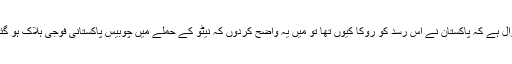
جہاں سوال ہے کہ پاکستان نے اس رسد کو روکا کیوں تھا تو میں یہ واضح کردوں کہ نیٹو کے حملے میں چوبیس پاکستانی فوجی ہلاک ہو گئے تھے۔